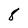
Character: 8